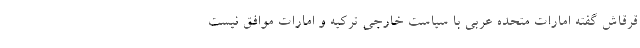
قرقاش گفته امارات متحده عربی با سیاست خارجی ترکیه و امارات موافق نیست